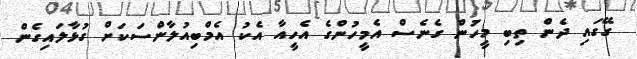
ގޭގައި ދެން ތިބި މީހުން ގެނެސް އެމީހުންގެ އެހީއާ އެކު އެމްބިއުލާންސަކަށް ގުޅާލައިގެން